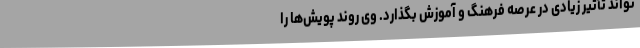
‌تواند تأثیر زیادی در عرصه فرهنگ و آموزش بگذارد. وی روند پویش‌ها را